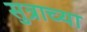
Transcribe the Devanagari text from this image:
सुत्राच्या